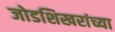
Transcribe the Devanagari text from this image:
जोडशिखरांच्या